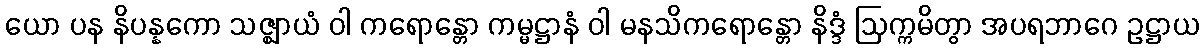
ယော ပန နိပန္နကော သဇ္ဈာယံ ဝါ ကရောန္တော ကမ္မဋ္ဌာနံ ဝါ မနသိကရောန္တော နိဒ္ဒံ ဩက္ကမိတွာ အပရဘာဂေ ဥဋ္ဌာယ